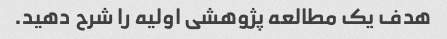
هدف یک مطالعه پژوهشی اولیه را شرح دهید.